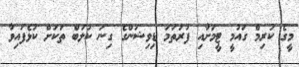
މީގެ ކުރިމް ގައުމީ ޓީމަށާއި ފުރަތަމަ ޑިވިޝަންގެ ގިނަ ކުލަބް ތަކަށް ކުޅެފައިވާ